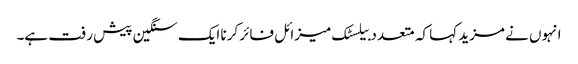
انہوں نے مزید کہا کہ متعدد بیلسٹک میزائل فائر کرنا ایک سنگین پیش رفت ہے۔